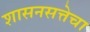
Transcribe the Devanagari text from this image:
शासनसत्तेचा